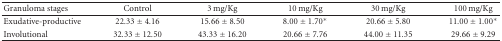
<table><thead><tr><td><b>Granuloma stages</b></td><td><b>Control</b></td><td><b>3 mg/Kg</b></td><td><b>10 mg/Kg</b></td><td><b>30 mg/Kg</b></td><td><b>100 mg/Kg</b></td></tr></thead><tbody><tr><td>Exudative-productive</td><td>22.33 ± 4.16</td><td>15.66 ± 8.50</td><td>8.00 ± 1.70*</td><td>20.66 ± 5.80</td><td>11.00 ± 1.00*</td></tr><tr><td>Involutional</td><td>32.33 ± 12.50</td><td>43.33 ± 16.20</td><td>20.66 ± 7.76</td><td>44.00 ± 11.35</td><td>29.66 ± 9.29</td></tr></tbody></table>